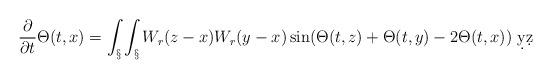
LaTeX: \begin{align*}\frac{\partial}{\partial t} \Theta(t,x) = \int_\S \int_\S W_r(z-x)W_r(y-x) \sin(\Theta(t,z)+\Theta(t,y)-2\Theta(t,x))\ \d y \d z\end{align*}